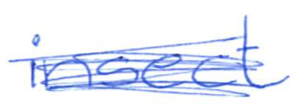
Text: insect
Cross-out: scratch
Writing tool: ballpoint